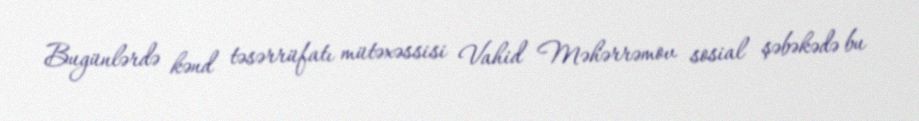
Bugünlərdə kənd təsərrüfatı mütəxəssisi Vahid Məhərrəmov sosial şəbəkədə bu